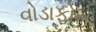
વોડાફોન